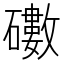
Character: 𥖻